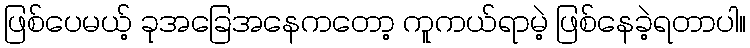
ဖြစ်ပေမယ့် ခုအခြေအနေကတော့ ကူကယ်ရာမဲ့ ဖြစ်နေခဲ့ရတာပါ။